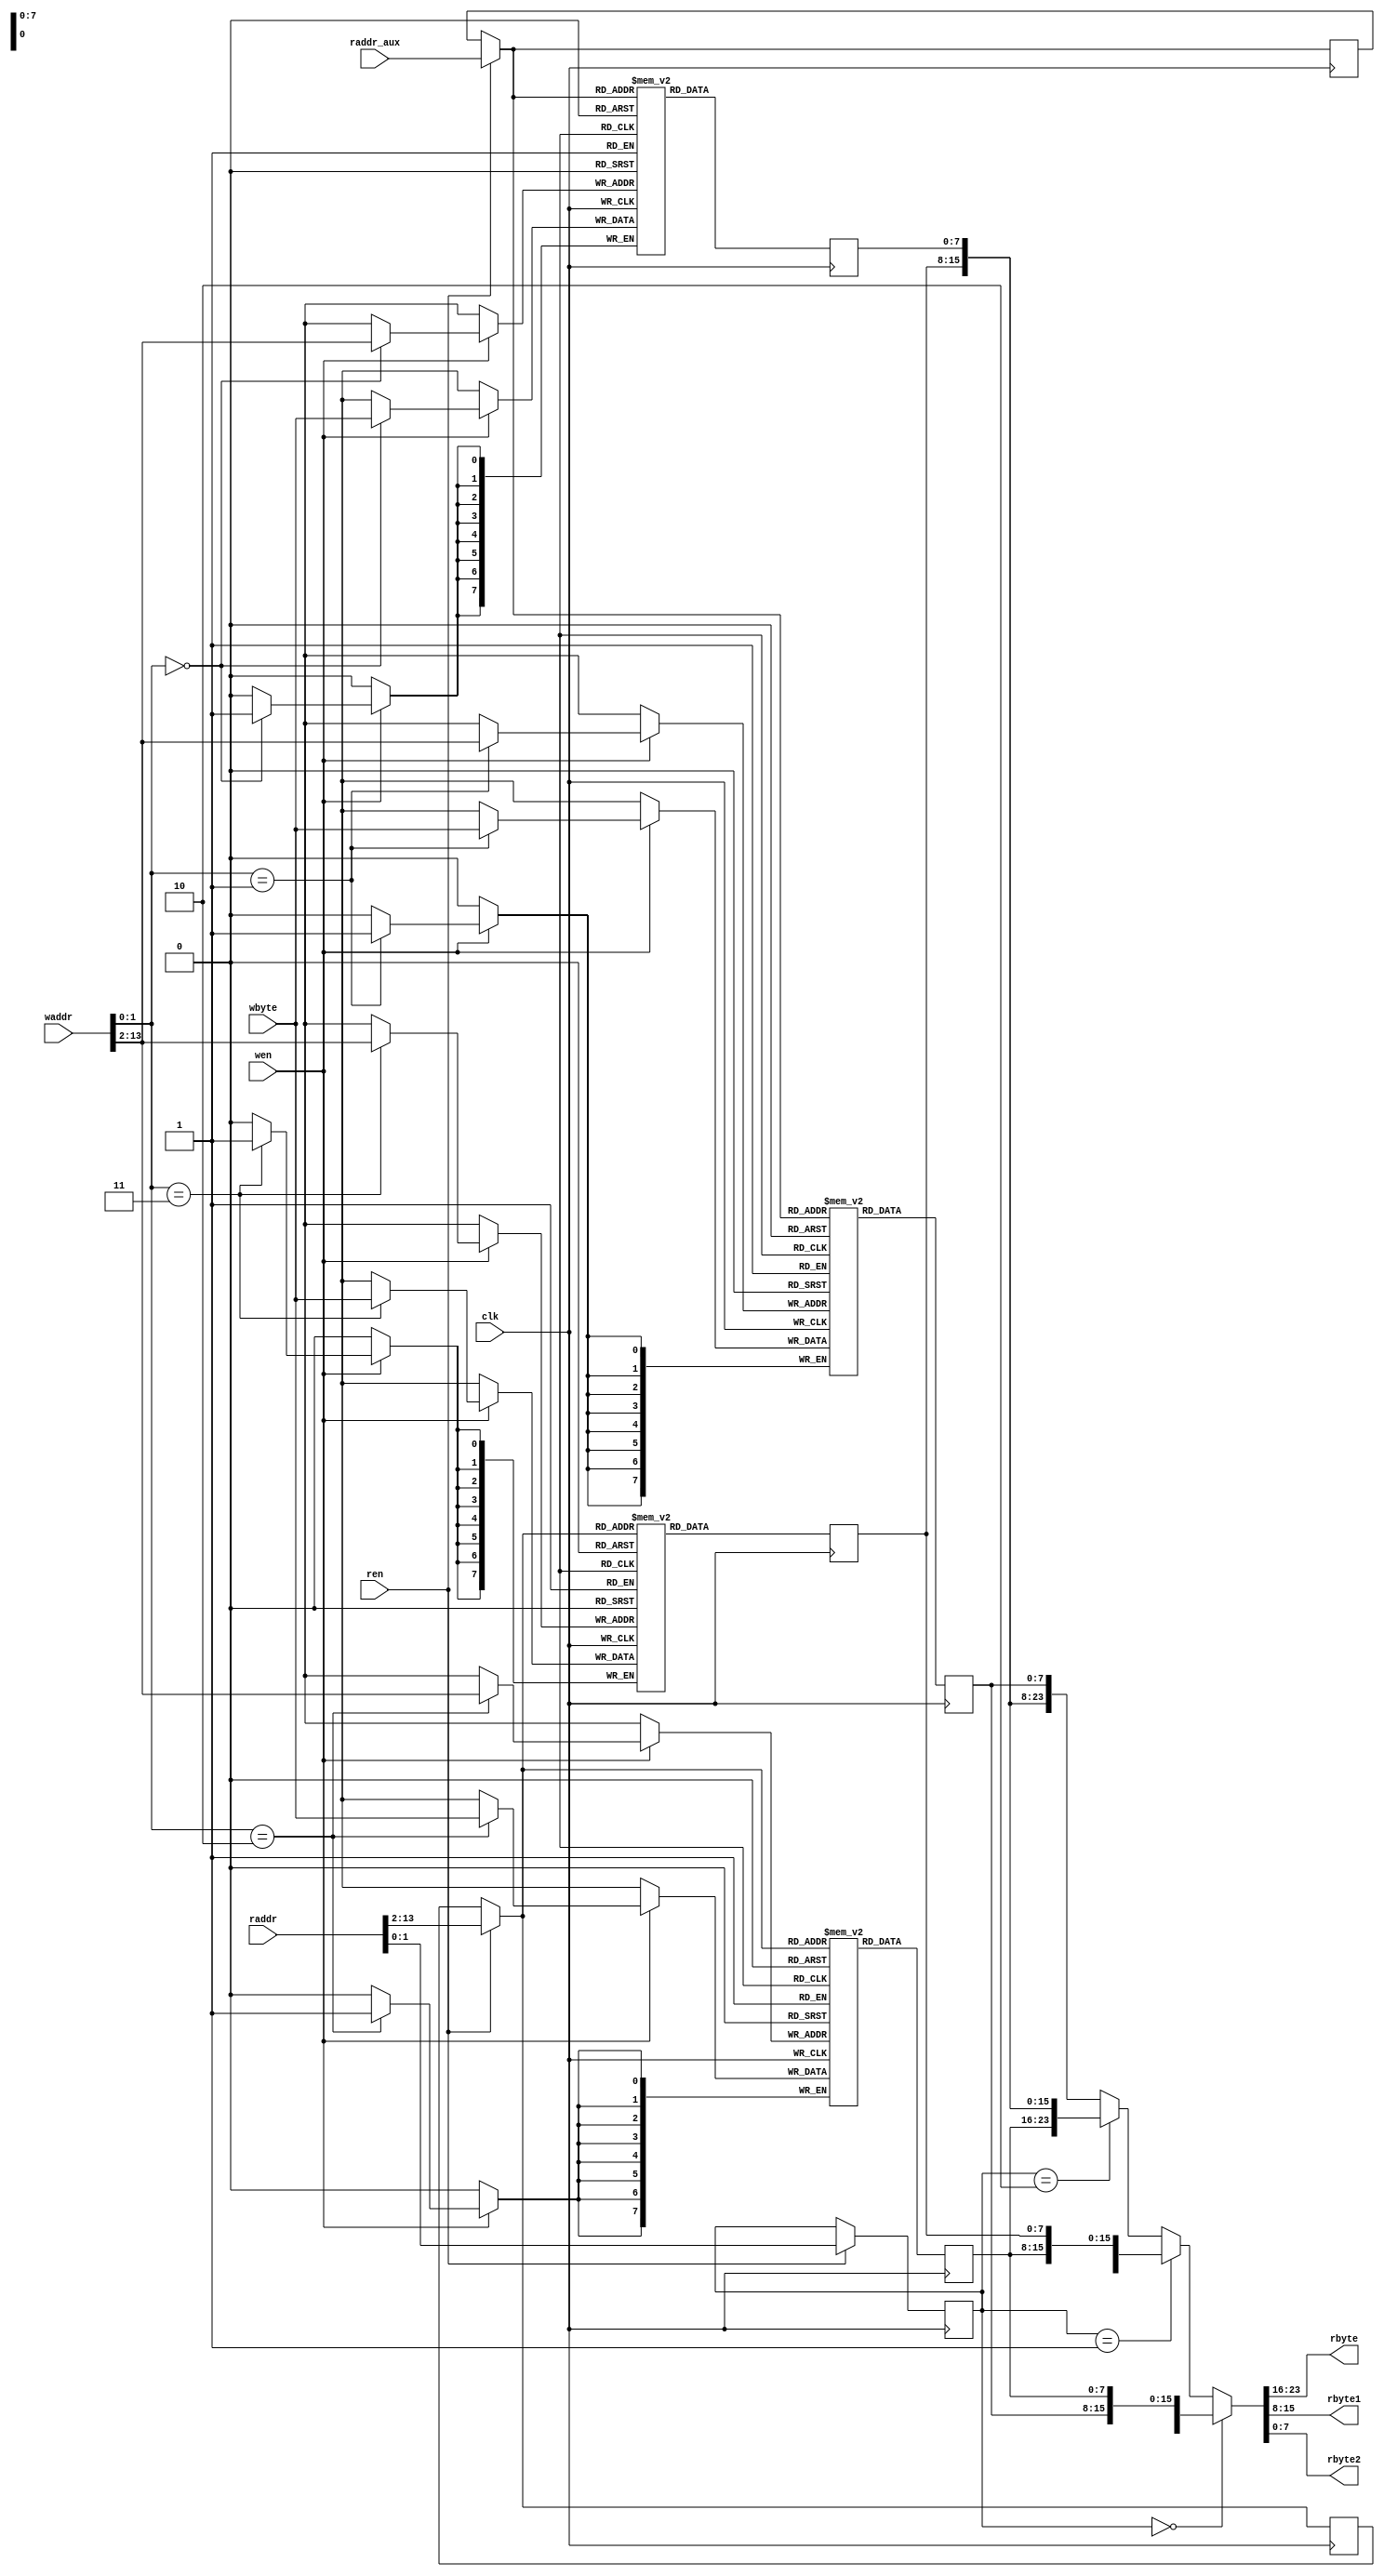
// This program was cloned from: https://github.com/WangXuan95/FPGA-Gzip-compressor
// License: GNU General Public License v3.0


module lz77_past_byte_ram (
    input  wire        clk,
    input  wire        wen,
    input  wire [13:0] waddr,
    input  wire [ 7:0] wbyte,
    input  wire        ren,
    input  wire [13:0] raddr,
    input  wire [11:0] raddr_aux,       // raddr_aux = raddr[13:2] + {11'h0, raddr[1]}
    output wire [ 7:0] rbyte,
    output wire [ 7:0] rbyte1,
    output wire [ 7:0] rbyte2
);


reg  [ 7:0] buf0 [4095:0];
reg  [ 7:0] buf1 [4095:0];
reg  [ 7:0] buf2 [4095:0];
reg  [ 7:0] buf3 [4095:0];

always @ (posedge clk)
    if (wen) begin
        if (waddr[1:0] == 2'h0) buf0[waddr[13:2]] <= wbyte;
        if (waddr[1:0] == 2'h1) buf1[waddr[13:2]] <= wbyte;
        if (waddr[1:0] == 2'h2) buf2[waddr[13:2]] <= wbyte;
        if (waddr[1:0] == 2'h3) buf3[waddr[13:2]] <= wbyte;
    end

reg  [ 1:0] raddr_l_r;

wire [11:0] raddr_offset0 = raddr[13:2];
//wire [11:0] raddr_offset1 = raddr[13:2] + {11'h0, raddr[1]};        // this comb logic will get bad timing
wire [11:0] raddr_offset1 = raddr_aux;                                // so we use timing logic to generate raddr_offset1 (outside this module)

reg  [11:0] raddr_offset0_r;
reg  [11:0] raddr_offset1_r;

reg  [ 7:0] rdata0;
reg  [ 7:0] rdata1;
reg  [ 7:0] rdata2;
reg  [ 7:0] rdata3;

always @ (posedge clk)
    if (ren) begin
        raddr_l_r <= raddr[1:0];
        raddr_offset0_r <= raddr_offset0;
        raddr_offset1_r <= raddr_offset1;
    end

always @ (posedge clk) begin
    rdata0 <= buf0[ren ? raddr_offset1 : raddr_offset1_r];
    rdata1 <= buf1[ren ? raddr_offset1 : raddr_offset1_r];
    rdata2 <= buf2[ren ? raddr_offset0 : raddr_offset0_r];
    rdata3 <= buf3[ren ? raddr_offset0 : raddr_offset0_r];
end

assign {rbyte, rbyte1, rbyte2} = (raddr_l_r == 2'h0) ? {rdata0, rdata1, rdata2} : 
                                 (raddr_l_r == 2'h1) ? {rdata1, rdata2, rdata3} : 
                                 (raddr_l_r == 2'h2) ? {rdata2, rdata3, rdata0} : 
                                                       {rdata3, rdata0, rdata1} ;

endmodule